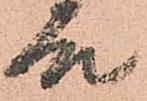
殿